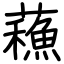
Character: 蘓